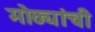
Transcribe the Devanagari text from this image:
मोठ्यांची